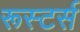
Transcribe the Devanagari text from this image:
रूस्टर्स